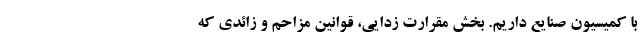
با کمیسیون صنایع داریم. بخش مقرارت زدایی، قوانین مزاحم و زائدی که